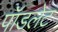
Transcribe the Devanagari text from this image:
पॉडलेट